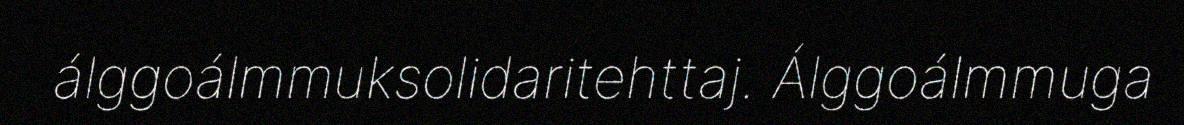
álggoálmmuksolidaritehttaj. Álggoálmmuga